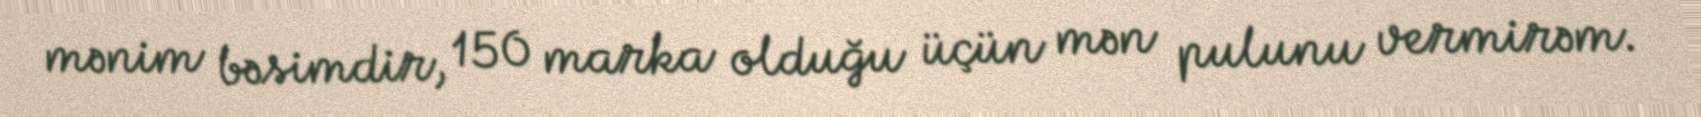
mənim bəsimdir, 150 marka olduğu üçün mən pulunu vermirəm.